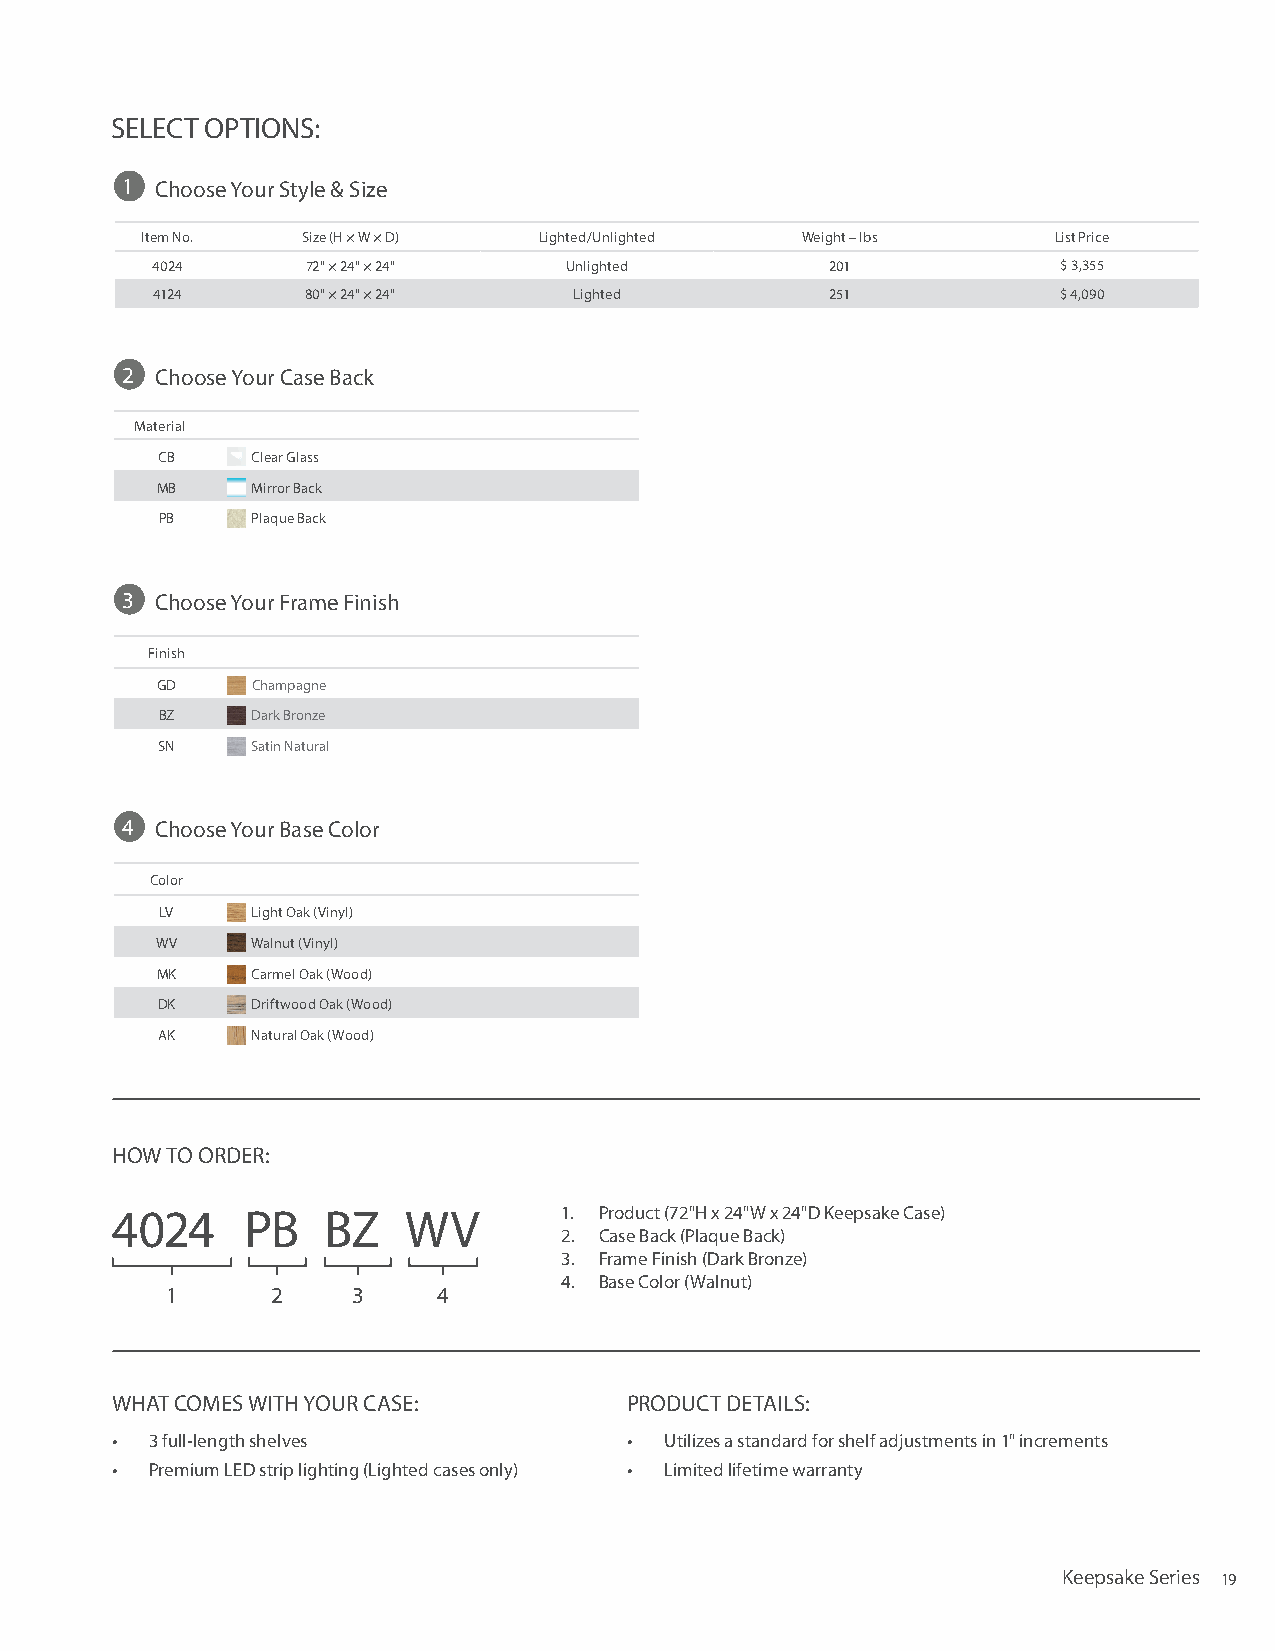
SELECT OPTIONS:
 1 Choose Your Style & Size
 Item No.   Size (H × W × D) Lighted/Unlighted Weight – lbs   List Price
 4024      72" × 24" × 24"  Unlighted         201            $ 3,355
 4124      80" × 24" × 24"   Lighted          251            $ 4,090
 2 Choose Your Case Back
 Material
 CB     Clear Glass
 MB     Mirror Back
 PB    Plaque Back
 3 Choose Your Frame Finish
 Finish
 GD     Champagne
 BZ     Dark Bronze
 SN     Satin Natural
 4 Choose Your Base Color
 Color
 LV    Light Oak (Vinyl)
 WV     Walnut (Vinyl)
 MK     Carmel Oak (Wood)
 DK     Driftwood Oak (Wood)
 AK     Natural Oak (Wood)
 HOW TO ORDER:
 4024     PB   BZ    WV        1. Product (72"H x 24"W x 24"D Keepsake Case)
 2. Case Back (Plaque Back)
 3. Frame Finish (Dark Bronze)
 4. Base Color (Walnut)
 1      2    3     4
 WHAT COMES WITH YOUR CASE:         PRODUCT DETAILS:
 •  3 full-length shelves           • Utilizes a standard for shelf adjustments in 1" increments
 •  Premium LED strip lighting (Lighted cases only) • Limited lifetime warranty
 Keepsake Series 19